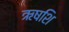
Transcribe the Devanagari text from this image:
ऋषशि